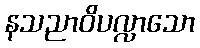
နသညာဝိပလ္လာသော